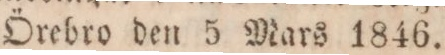
Örebro den 5 Mars 1846.